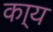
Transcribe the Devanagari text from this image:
का्य